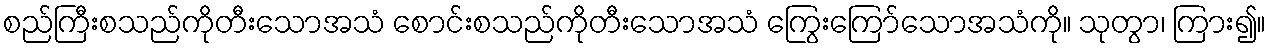
စည်ကြီးစသည်ကိုတီးသောအသံ စောင်းစသည်ကိုတီးသောအသံ ကြွေးကြော်သောအသံကို။ သုတွာ၊ ကြား၍။